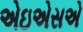
એઇએસએ